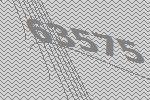
63575